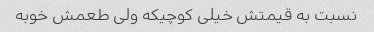
نسبت به قیمتش خیلی کوچیکه ولی طعمش خوبه